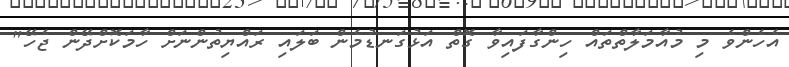
އެހެންވެ މި މުއާމަލާތްތައް ހިންގާފައިވާ ގޮތް އަޅުގަނޑުމެން ބަލައި ރައްޔިތުންނަށް ހާމަކޮށްދޭން ޖެހޭ"